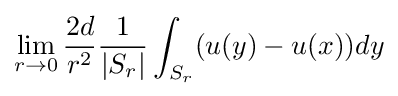
\lim _{r\to 0}{\frac {2d}{r^{2}}}{\frac {1}{|S_{r}|}}\int _{S_{r}}(u(y)-u(x))dy